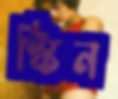
স্কিন